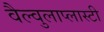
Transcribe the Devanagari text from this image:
वैल्वुलाप्लास्टी